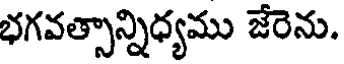
భగవత్సాన్నిధ్యము జేరెను.